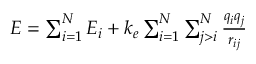
\begin{array} { r } { E = \sum _ { i = 1 } ^ { N } E _ { i } + k _ { e } \sum _ { i = 1 } ^ { N } \sum _ { j > i } ^ { N } \frac { q _ { i } q _ { j } } { r _ { i j } } } \end{array}